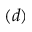
( d )